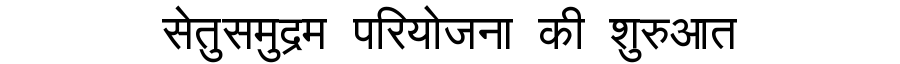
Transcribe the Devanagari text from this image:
सेतुसमुद्रम परियोजना की शुरुआत